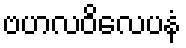
ဗဟလဝိလေပနံ